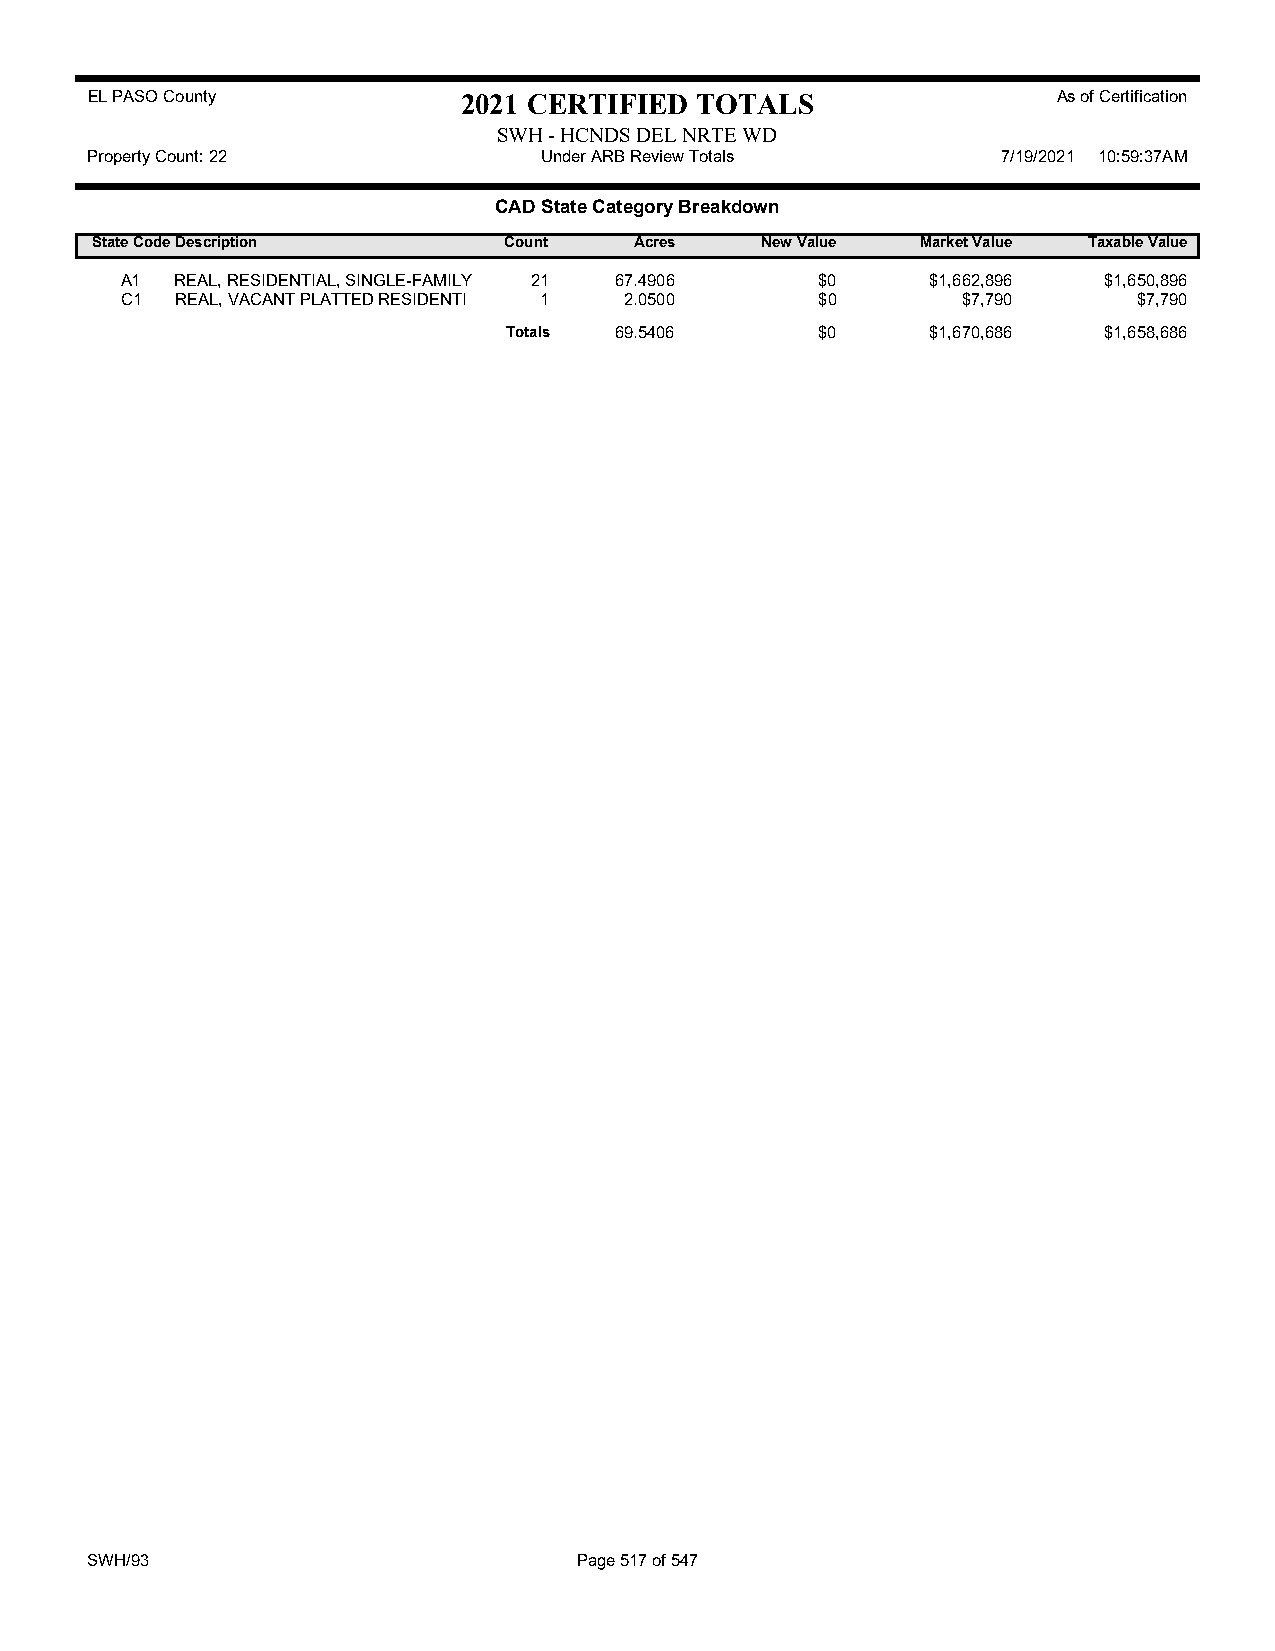
EL PASO County           2021 CERTIFIED TOTALS                  As of Certification
 SWH - HCNDS DEL NRTE WD
 Property Count: 22            Under ARB Review Totals       7/19/2021 10:59:37AM
 CAD State Category Breakdown
 State CodeDescription      Count    Acres   New Value  Market Value Taxable Value
 A1  REAL, RESIDENTIAL, SINGLE-FAMILY 21 67.4906 $0    $1,662,896 $1,650,896
 C1  REAL, VACANT PLATTED RESIDENTI 1 2.0500   $0        $7,790     $7,790
 Totals 69.5406      $0      $1,670,686 $1,658,686
 SWH/93                          Page 517 of 547